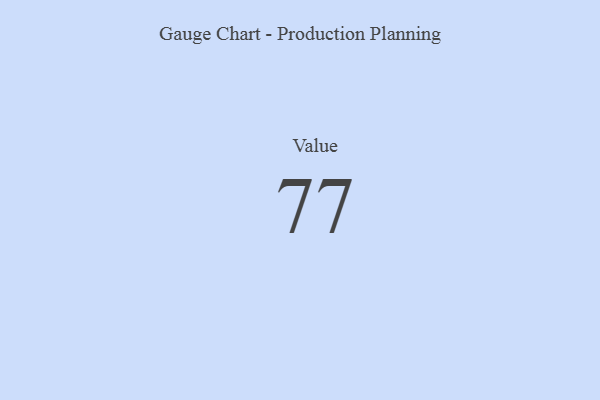
{"axis": {"x": "Metric", "y": "Value"}, "legend": [""], "data": [{"x": "Value", "y": 77, "type": ""}]}